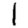
Digit: 1